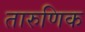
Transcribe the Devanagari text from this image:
तारुणिक